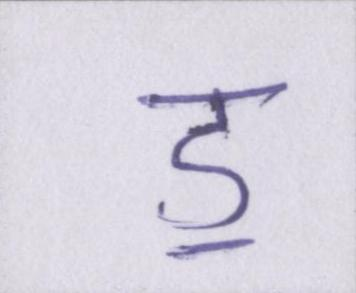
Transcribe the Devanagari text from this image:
ॾ